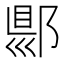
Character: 郻